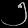
Digit: ၅